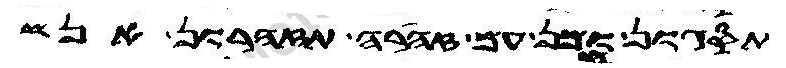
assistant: תסגון ומן עם סהרה תזהרון אנש